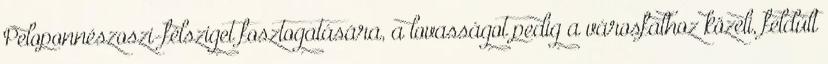
Peloponnészoszi-félsziget fosztogatására, a lovasságot pedig a városfalhoz közeli, feldúlt